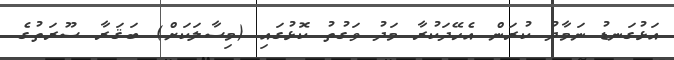
އަޅުގަނޑު ނަމާދު ކުރަން އެހޭދަކުރާ މަދު ވަގުތު ކޮޅުގައި (މިސާލަކަށް) ބަޤަރާ ސޫރަތުގެ